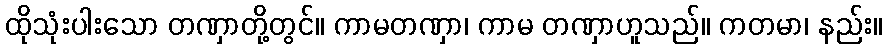
ထိုသုံးပါးသော တဏှာတို့တွင်။ ကာမတဏှာ၊ ကာမ တဏှာဟူသည်။ ကတမာ၊ နည်း။